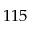
1 1 5